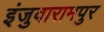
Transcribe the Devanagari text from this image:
इंजुवारामपुर